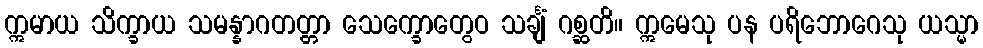
ဣမာယ သိက္ခာယ သမန္နာဂတတ္တာ သေက္ခောတွေဝ သင်္ချံ ဂစ္ဆတိ။ ဣမေသု ပန ပရိဘောဂေသု ယသ္မာ